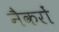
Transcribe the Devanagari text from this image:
नैकरों